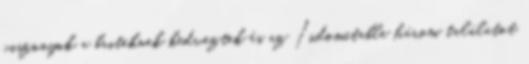
viszonyok a briteknek kedveztek és az Indomitable három találatot